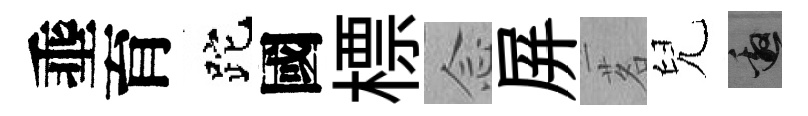
埀育跎國標𫝹屏茗兒邀